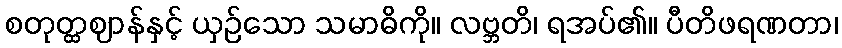
စတုတ္ထဈာန်နှင့် ယှဉ်သော သမာဓိကို။ လဗ္ဘတိ၊ ရအပ်၏။ ပီတိဖရဏတာ၊